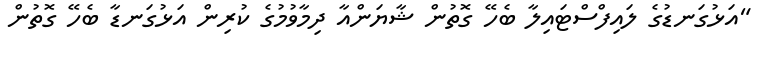
"އަޅުގަނޑުގެ ލައިފްސްޓައިލާ ބެހޭ ގޮތުން ޝާޔަންއާ ދިމާވުމުގެ ކުރިން އަޅުގަނޑާ ބެހޭ ގޮތުން